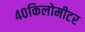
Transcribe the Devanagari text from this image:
४०किलोमीटर